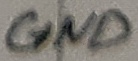
Text: GND